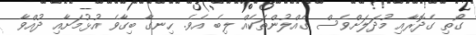
ގޯތި ގެދޮރާއި މުދަލަށްވެސް ގެއްލުންތަކެއް ލިބެ އެވެ. ހިނގާ ބިގާވެ އުޅުމަށާއި ދުއްވާ